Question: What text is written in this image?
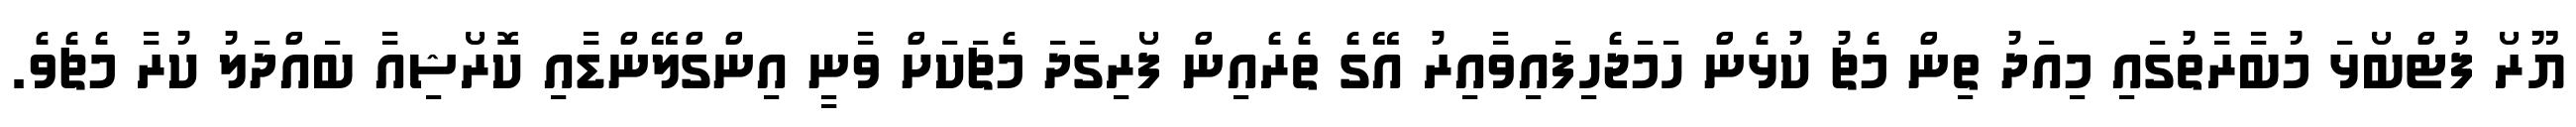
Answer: ޔޫރޯ ފުޓްބޯޅަ މުބާރާތުގައި މިއަދު ތިން މެޗު ކުޅެން ހަމަޖެހިފައިވާއިރު އޭގެ ތެރެއިން ފޯރިގަދަ މެޗަކަށް ވާނީ އިންގްލޭންޑާއި ކޮރޯޝިއާ ބައްދަލު ކުރާ މެޗެވެ.